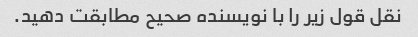
نقل قول زیر را با نویسنده صحیح مطابقت دهید.